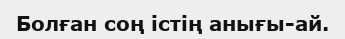
Болған соң істің анығы-ай.